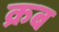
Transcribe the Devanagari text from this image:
क्रब